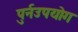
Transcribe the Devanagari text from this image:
पुर्नउपयोग